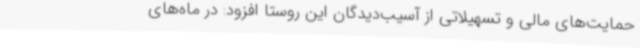
حمایت‌های مالی و تسهیلاتی از آسیب‌دیدگان این روستا افزود: در ماه‌های